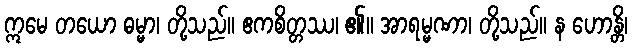
ဣမေ တယော ဓမ္မာ၊ တို့သည်။ ဧကစိတ္တဿ၊ ၏။ အာရမ္မဏာ၊ တို့သည်။ န ဟောန္တိ၊